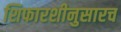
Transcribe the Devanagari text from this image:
शिफारशीनुसारच